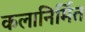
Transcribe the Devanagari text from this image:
कलानिर्मित